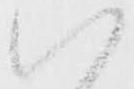
八